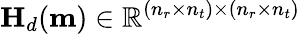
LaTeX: \mathbf{H}_{d}(\mathbf{m})\in\mathbb{R}^{(n_{r}\times n_{t})\times(n_{r}\times n_{t})}